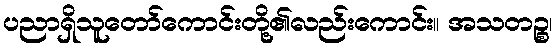
ပညာရှိသူတော်ကောင်းတို့၏လည်းကောင်း။ အသတဉ္စ၊